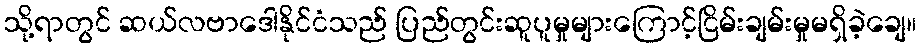
သို့ရာတွင် ဆယ်လဗာဒေါနိုင်ငံသည် ပြည်တွင်းဆူပူမှုများကြောင့်ငြိမ်းချမ်းမှုမရှိခဲ့ချေ။